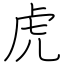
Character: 虎